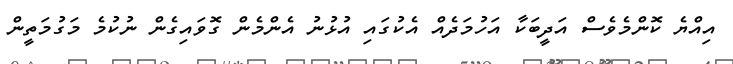
އިއްޔެ ކޮންމެވެސް އަދީބަކާ އަހުމަދެއް އެކުގައި އުޅުނު އެންމެން ގޮވައިގެން ނުކުމެ މަގުމަތީން